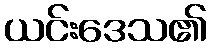
ယင်းဒေသ၏